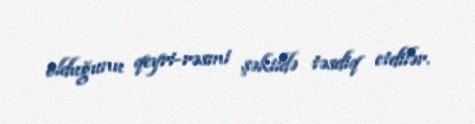
olduğunu qeyri-rəsmi şəkildə təsdiq etdilər.